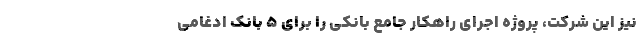
نیز این شركت، پروژه اجرای راهكار جامع بانكی را برای 5 بانك ادغامی